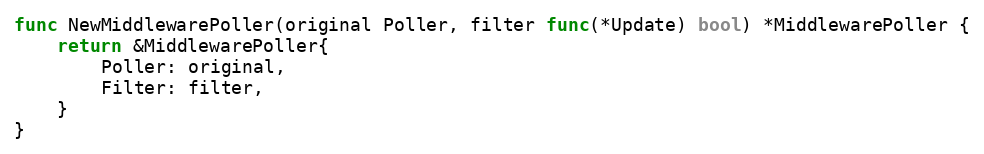
Language: Go
func NewMiddlewarePoller(original Poller, filter func(*Update) bool) *MiddlewarePoller {
	return &MiddlewarePoller{
		Poller: original,
		Filter: filter,
	}
}